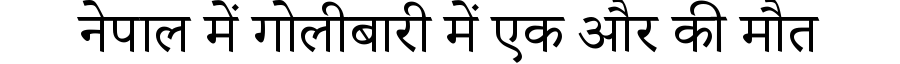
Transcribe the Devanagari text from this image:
नेपाल में गोलीबारी में एक और की मौत